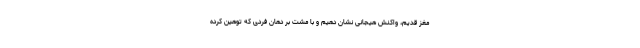
مغز قدیم، واکنش هیجانی نشان دهیم و با مشت بر دهان فردی که توهین کرده